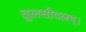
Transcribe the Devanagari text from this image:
तुलसीदलम्।